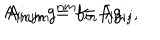
A _ { i n j m } g ^ { n m } = \lambda g _ { i j } , \hspace { 5 m m } A _ { i n j m } = f _ { i n } f _ { j m } ,